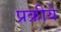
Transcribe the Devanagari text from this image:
प्रक्रीये